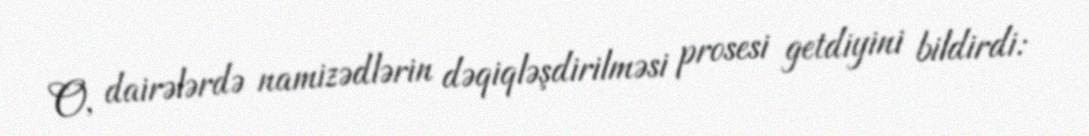
O, dairələrdə namizədlərin dəqiqləşdirilməsi prosesi getdiyini bildirdi: